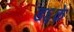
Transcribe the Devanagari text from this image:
ड६के